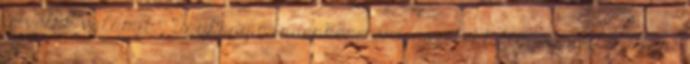
is velük valamit.". Úgyhogy mindenképp érdemes több figyelmet fordítani